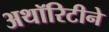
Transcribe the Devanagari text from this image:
अथॉरिटीने